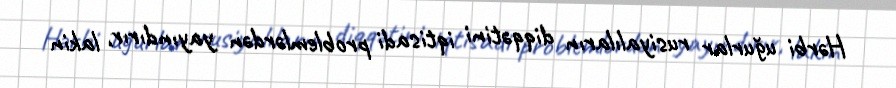
Hərbi uğurlar rusiyalıların diqqətini iqtisadi problemlərdən yayındırır, lakin